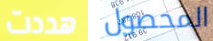
هددت المحصول